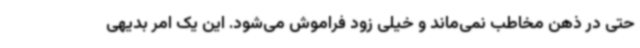
حتی در ذهن مخاطب نمی‌ماند و خیلی زود فراموش می‌شود. این یک امر بدیهی